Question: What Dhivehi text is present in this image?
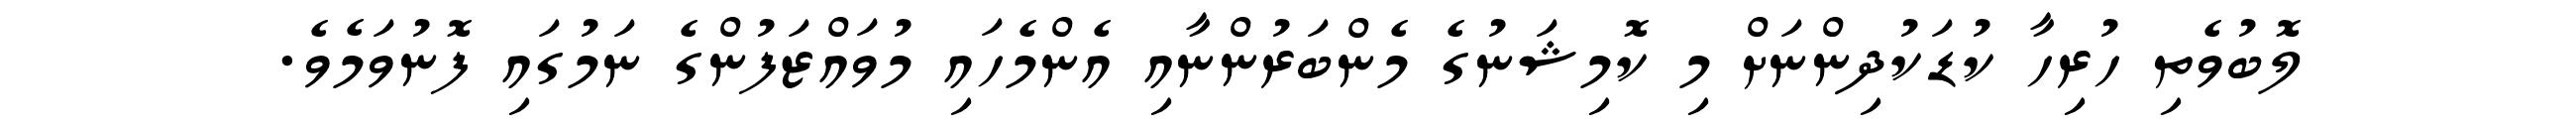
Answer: ލޮބުވެތި ހުރިހާ ކުޑަކުދިންނަށް މި ކޮމިޝަނުގެ މެންބަރުންނާއި އެންމެހައި މުވައްޒަފުންގެ ނަމުގައި ފޮނުވަމެވެ.